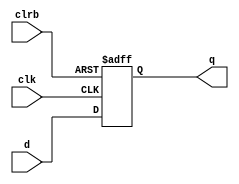
module hardreg(d,clk,clrb,q);
	
	input clk,clrb;
	input[3:0] d;
	output reg [3:0] q;
	
	always@(posedge clk or  negedge clrb)
	begin
		if(!clrb)
			q<=0;// ??clrb=0?????
		else
			q<=d;      
	end
	
endmodule

`timescale 1 ns/ 1 ps

`define clock_period 20
module hardreg_tb;

	reg clk;
	reg clrb;
	reg [3:0] din;

	wire [3:0] dout;
                     
	hardreg hardreg0 (
	din,
	clk,
	clrb,
	dout
	);
	
	initial clk =1'b1;
	always#(`clock_period/2) clk=~clk;
	initial begin                                                  
         clrb=1'b0;
			din=4'b1111;
			#100
			clrb=1'b1;
			#100
			clrb=1'b0;
			#50 
			din =4'b0001;
			#100 
			clrb =1;
			#100 
			din =4'b0010;
			#100 
			din =4'b0011;
			#100 
			din =4'b0011;			
         #100
			clrb =0;
			#35
			din =4'b0101;			
         #100
         $stop;
            
		end
		                                                    
endmodule